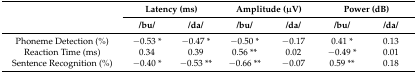
<table><thead><tr><td rowspan="2"></td><td colspan="2"><b>Latency (ms)</b></td><td colspan="2"><b>Amplitude (μV)</b></td><td colspan="2"><b>Power (dB)</b></td></tr><tr><td><b>/bu/</b></td><td><b>/da/</b></td><td><b>/bu/</b></td><td><b>/da/</b></td><td><b>/bu/</b></td><td><b>/da/</b></td></tr></thead><tbody><tr><td>Phoneme Detection (%)</td><td>−0.53 *</td><td>−0.47 *</td><td>−0.50 *</td><td>−0.17</td><td>0.41 *</td><td>0.13</td></tr><tr><td>Reaction Time (ms)</td><td>0.34</td><td>0.39</td><td>0.56 **</td><td>0.02</td><td>−0.49 *</td><td>0.01</td></tr><tr><td>Sentence Recognition (%)</td><td>−0.40 *</td><td>−0.53 **</td><td>−0.66 **</td><td>−0.07</td><td>0.59 **</td><td>0.18</td></tr></tbody></table>